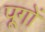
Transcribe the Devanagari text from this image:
पूगों